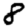
Digit: 8